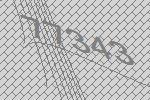
77343